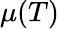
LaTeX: \mu(T)